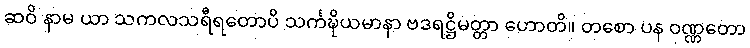
ဆဝိ နာမ ယာ သကလသရီရတောပိ သင်္ကဍ္ဎိယမာနာ ဗဒရဋ္ဌိမတ္တာ ဟောတိ။ တစော ပန ဝဏ္ဏတော